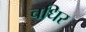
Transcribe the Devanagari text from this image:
चधिर